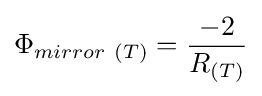
\Phi _{mirror\ \left(T\right)}={\frac {-2}{R_{(T)}}}